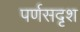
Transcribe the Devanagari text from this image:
पर्णसदृश